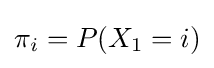
\pi _{i}=P(X_{1}=i)